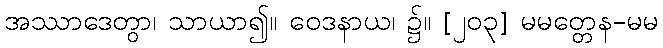
အဿာဒေတွာ၊ သာယာ၍။ ဝေဒနာယ၊ ၌။ [၂၀၃] မမတ္တေန-မမ